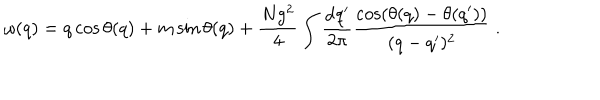
\omega ( q ) = q \cos \theta ( q ) + m \sin \theta ( q ) + \frac { N g ^ { 2 } } { 4 } \int \frac { \mathrm { d } q ^ { \prime } } { 2 \pi } \frac { \cos \left( \theta ( q ) - \theta ( q ^ { \prime } ) \right) } { ( q - q ^ { \prime } ) ^ { 2 } } \ .